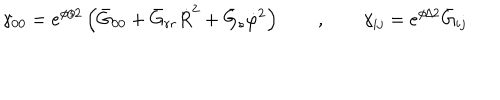
\gamma _ { 0 0 } = e ^ { \phi / 2 } \left( \bar { G } _ { 0 0 } + \bar { G } _ { r r } \dot { R } ^ { 2 } + \bar { G } _ { s } \dot { \varphi } ^ { 2 } \right) \qquad , \qquad \gamma _ { i j } = e ^ { \phi / 2 } \bar { G } _ { i j }